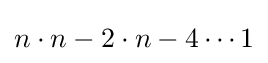
n\cdot n-2\cdot n-4\cdots 1